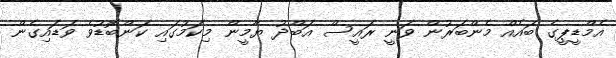
އެމްޑީޕީގެ ބައެއް މެންބަރުން ވަނީ ރައީސް އަބްދު ޔާމީން މިކަމުގައި ކަންބޮޑުވެ ވަޑައިގެން